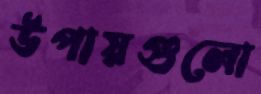
উপায়গুলো